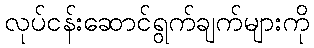
လုပ်ငန်းဆောင်ရွက်ချက်များကို